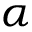
\alpha